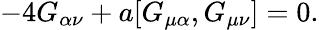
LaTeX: -4G_{\alpha\nu}+a[G_{\mu\alpha},G_{\mu\nu}]=0.